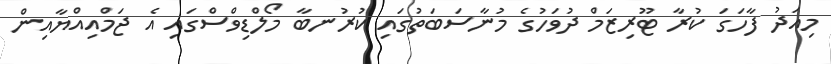
މިއަދު ފާހަގަ ކުރާ ޓޫރިޒަމް ދުވަހުގެ މުނާސަބަތުގައި ކުރުނބާ މޯލްޑިވްސްގައި އެ ޖަމްއިއްޔާއިން